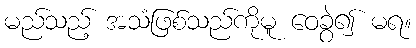
မည်သည့် အသံဖြစ်သည်ကိုမူ ဝေခွဲ၍ မရ။